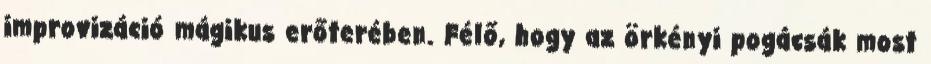
improvizáció mágikus erőterében. Félő, hogy az örkényi pogácsák most